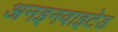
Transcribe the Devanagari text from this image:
अनइनवाइटेड